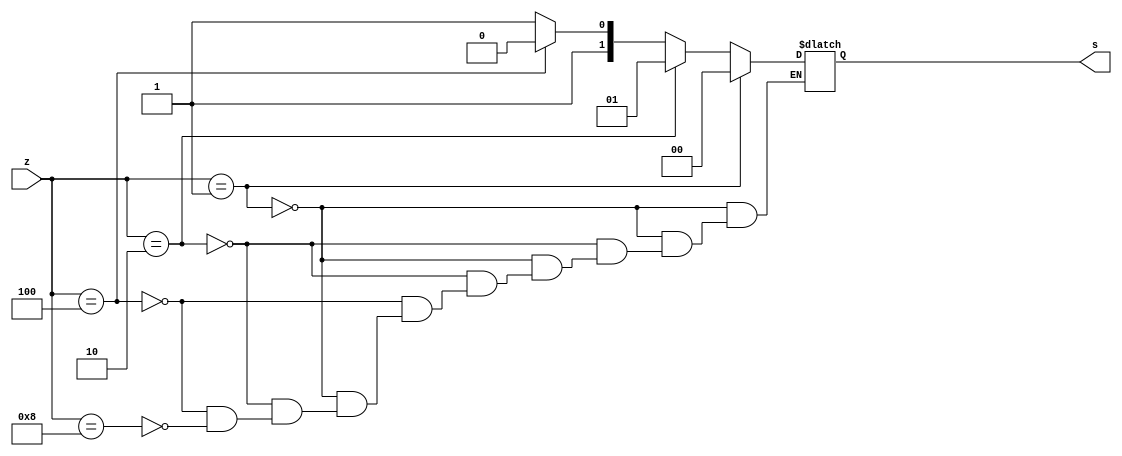
module encdr(
    output reg [1:0]s,
    input [3:0]z
);

always @* begin
    if(z==4'b0001)
    s=2'b00;
    else  if(z==4'b0010)
    s=2'b01;
    else  if(z==4'b0100)
    s=2'b10;
    else  if(z==4'b1000)
    s=2'b11;
end

endmodule
`timescale 1ns/1ps

module encdr_tb;
wire [1:0]s;
reg  [3:0]z;

encdr uut (
.s(s),
.z(z)
);

initial begin
    z[3]=0;z[2]=0;z[1]=0;z[0]=1;#10;
    z[3]=0;z[2]=0;z[1]=1;z[0]=0;#10;
    z[3]=0;z[2]=1;z[1]=0;z[0]=0;#10;
    z[3]=1;z[2]=0;z[1]=0;z[0]=0;#10;
  
end
initial begin
    $monitor("%b%b%b%b %b%b\n",z[3],z[2],z[1],z[0],s[1],s[0]);
end
endmodule